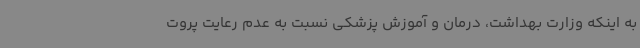
به اینکه وزارت بهداشت، درمان و آموزش پزشکی نسبت به عدم رعایت پروت